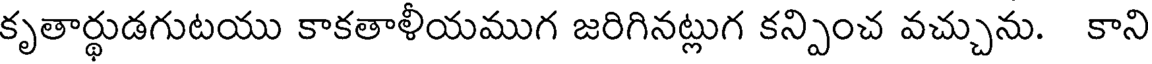
కృతార్థుడగుటయు కాకతాళీయముగ జరిగినట్లుగ కన్పించ వచ్చును. కాని